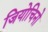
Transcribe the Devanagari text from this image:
जियोचिनो